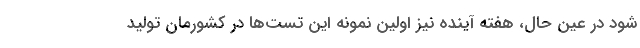
شود در عین حال، هفته آینده نیز اولین نمونه این تست‌ها در کشورمان تولید